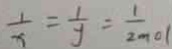
\frac { 1 } { x } = \frac { 1 } { y } = \frac { 1 } { 2 } m o l